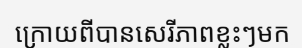
ក្រោយពីបានសេរីភាពខ្លះៗមក